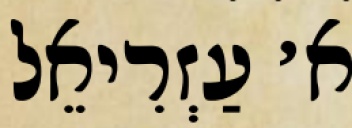
א׳ עַזְרִיאֵל